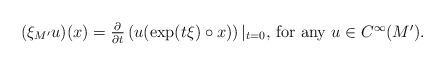
LaTeX: \begin{align*}\mbox{$(\xi_{M'} u)(x)=\frac{\partial}{\partial t}\left(u(\exp(t\xi)\circ x)\right)|_{t=0}$, for any $u\in C^\infty(M')$}. \end{align*}